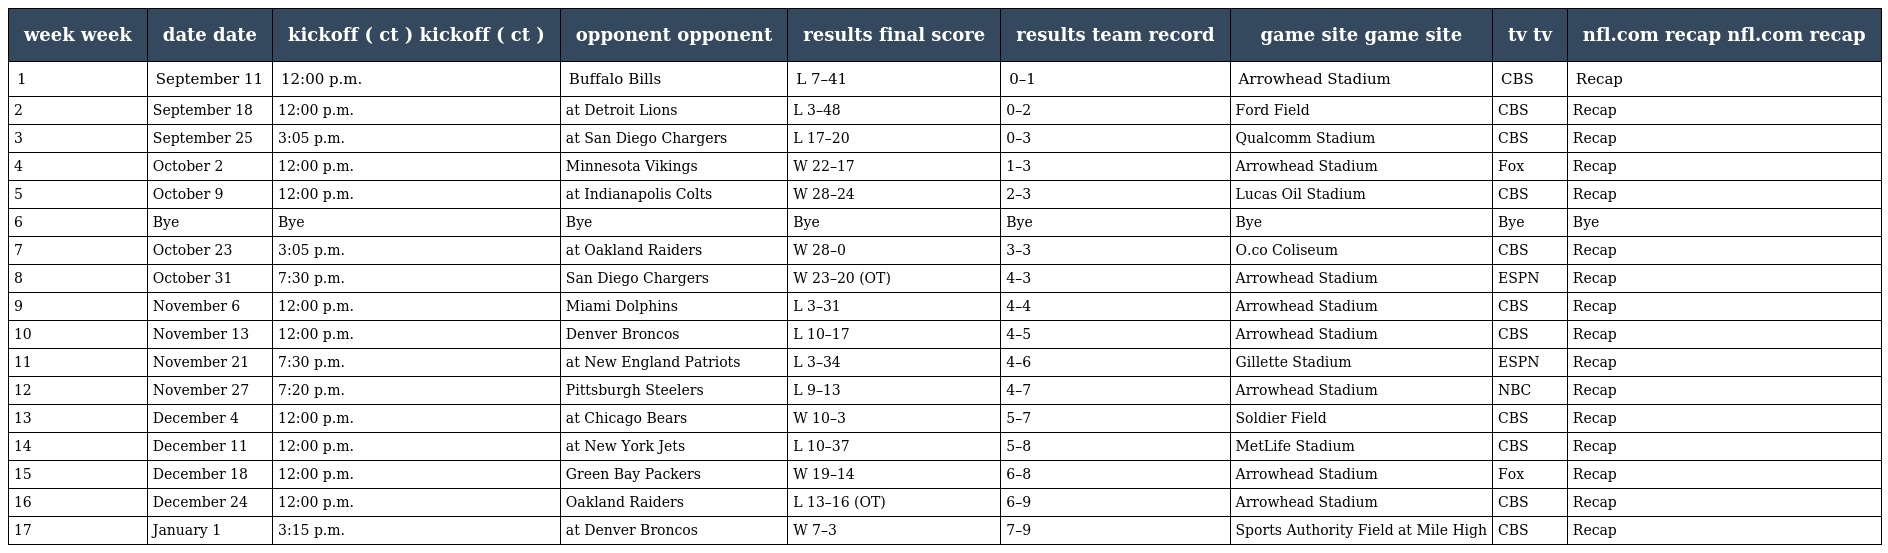
| week week | date date | kickoff ( ct ) kickoff ( ct ) | opponent opponent | results final score | results team record | game site game site | tv tv | nfl.com recap nfl.com recap |
 | --- | --- | --- | --- | --- | --- | --- | --- | --- |
 | 1 | September 11 | 12:00 p.m. | Buffalo Bills | L 7–41 | 0–1 | Arrowhead Stadium | CBS | Recap |
 | 2 | September 18 | 12:00 p.m. | at Detroit Lions | L 3–48 | 0–2 | Ford Field | CBS | Recap |
 | 3 | September 25 | 3:05 p.m. | at San Diego Chargers | L 17–20 | 0–3 | Qualcomm Stadium | CBS | Recap |
 | 4 | October 2 | 12:00 p.m. | Minnesota Vikings | W 22–17 | 1–3 | Arrowhead Stadium | Fox | Recap |
 | 5 | October 9 | 12:00 p.m. | at Indianapolis Colts | W 28–24 | 2–3 | Lucas Oil Stadium | CBS | Recap |
 | 6 | Bye | Bye | Bye | Bye | Bye | Bye | Bye | Bye |
 | 7 | October 23 | 3:05 p.m. | at Oakland Raiders | W 28–0 | 3–3 | O.co Coliseum | CBS | Recap |
 | 8 | October 31 | 7:30 p.m. | San Diego Chargers | W 23–20 (OT) | 4–3 | Arrowhead Stadium | ESPN | Recap |
 | 9 | November 6 | 12:00 p.m. | Miami Dolphins | L 3–31 | 4–4 | Arrowhead Stadium | CBS | Recap |
 | 10 | November 13 | 12:00 p.m. | Denver Broncos | L 10–17 | 4–5 | Arrowhead Stadium | CBS | Recap |
 | 11 | November 21 | 7:30 p.m. | at New England Patriots | L 3–34 | 4–6 | Gillette Stadium | ESPN | Recap |
 | 12 | November 27 | 7:20 p.m. | Pittsburgh Steelers | L 9–13 | 4–7 | Arrowhead Stadium | NBC | Recap |
 | 13 | December 4 | 12:00 p.m. | at Chicago Bears | W 10–3 | 5–7 | Soldier Field | CBS | Recap |
 | 14 | December 11 | 12:00 p.m. | at New York Jets | L 10–37 | 5–8 | MetLife Stadium | CBS | Recap |
 | 15 | December 18 | 12:00 p.m. | Green Bay Packers | W 19–14 | 6–8 | Arrowhead Stadium | Fox | Recap |
 | 16 | December 24 | 12:00 p.m. | Oakland Raiders | L 13–16 (OT) | 6–9 | Arrowhead Stadium | CBS | Recap |
 | 17 | January 1 | 3:15 p.m. | at Denver Broncos | W 7–3 | 7–9 | Sports Authority Field at Mile High | CBS | Recap |